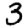
Digit: 3